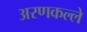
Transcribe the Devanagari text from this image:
अरणकल्ले